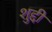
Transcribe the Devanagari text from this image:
शुद्दी